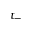
t _ { - }